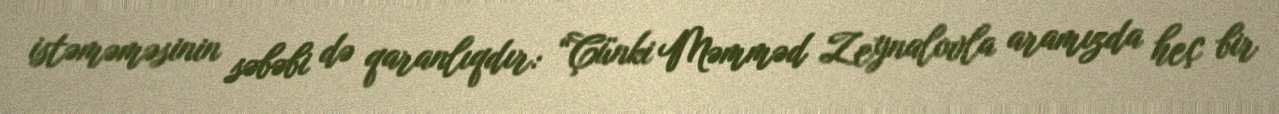
istəməməsinin səbəbi də qaranlıqdır: “Çünki Məmməd Zeynalovla aramızda heç bir